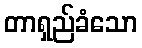
တာရှည်ခံသော